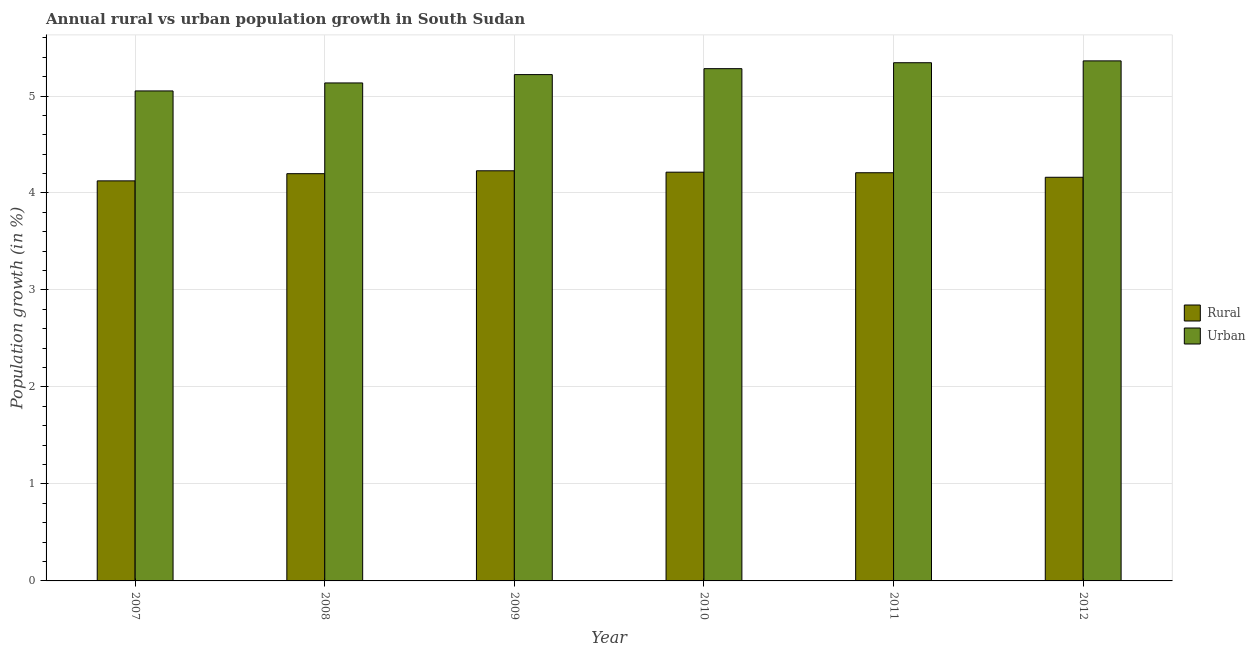
| Year | Rural | Urban  |
 | --- | --- | --- |
 | 2007 | 4.12 | 5.05 |
 | 2008 | 4.2 | 5.13 |
 | 2009 | 4.23 | 5.22 |
 | 2010 | 4.21 | 5.28 |
 | 2011 | 4.21 | 5.34 |
 | 2012 | 4.16 | 5.36 |